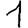
Digit: 1